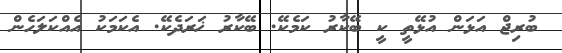
ބުރިޖް އަޅަން އުޅޭތީ ކީ ބޭކާރު ކަމެކޭ. ބޭކާރު ޚަރަދެކޭ. އެކަމަކު އެއްކަލަހެން